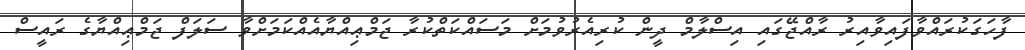
ފާހަގަކުރައްވާފައިވާއިރު ރާއްޖޭގައި އިސްލާމް ދީން ކުރިއެރުވުމަށް މަސައްކަތްކުރާ ޖަމްޢިއްޔާއެއްކަމަށްވާ ސަލަފް ޖަމްޢިއްޔާގެ ރައީސް